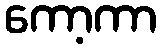
ကော့ကာ